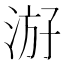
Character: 𰛶